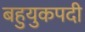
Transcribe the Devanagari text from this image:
बहुयुकपदी